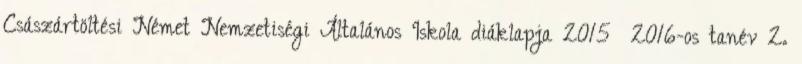
Császártöltési Német Nemzetiségi Általános Iskola diáklapja 2015 2016-os tanév 2.